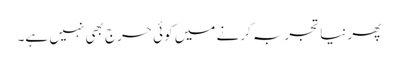
پھر نیا تجربہ کرنے میں کوئی حرج بھی نہیں ہے۔